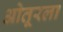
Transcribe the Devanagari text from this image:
ओतूरला